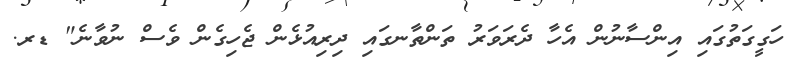
ހަގީގަތުގައި އިންސާނުން އެހާ ދެރަވަރު ތަންތާނގައި ދިރިއުޅެން ޖެހިގެން ވެސް ނުވާނެ" ޑރ.